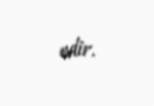
edir.